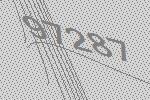
97287